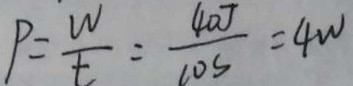
P = \frac { W } { t } = \frac { 4 0 J } { 1 0 s } = 4 W